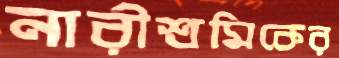
নারীশ্রমিকের